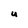
Character: U